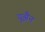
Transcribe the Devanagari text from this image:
युझ़ैन